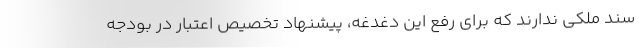
سند ملکی ندارند که برای رفع این دغدغه، پیشنهاد تخصیص اعتبار در بودجه